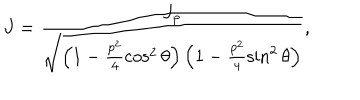
J = \frac { J _ { \mathrm { p } } } { \sqrt { \left( 1 - \frac { p ^ { 2 } } { 4 } \cos ^ { 2 } \theta \right) \left( 1 - \frac { p ^ { 2 } } { 4 } \sin ^ { 2 } \theta \right) } } ,